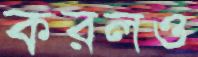
করলও